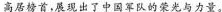
高居榜首，展现出了中国军队的荣光与力量。